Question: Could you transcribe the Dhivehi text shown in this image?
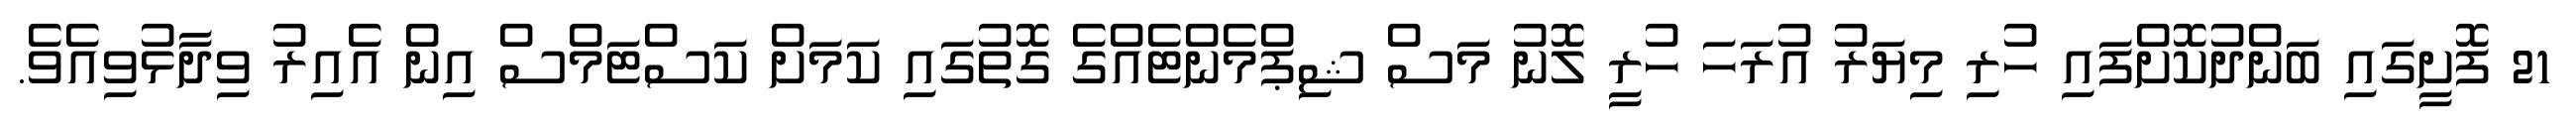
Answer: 21 ފޮށީގައި ބަންދުކޮށްފައި ހުރި މިޔަރު އުރަހަ ހުރީ ލޮނު މަސް ޝިޕްމެންޓެއްގެ ގޮތުގައި ކަމަށް ކަސްޓަމްސް އިން އެއިރު ވިދާޅުވިއެވެ.